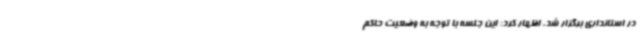
در استانداری برگزار شد، اظهار کرد: این جلسه با توجه به وضعیت حاکم